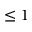
\leq 1